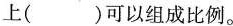
上( )可以组成比例。